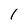
Character: 1